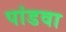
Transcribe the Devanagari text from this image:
पांडवा